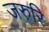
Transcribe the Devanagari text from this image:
जरुरि